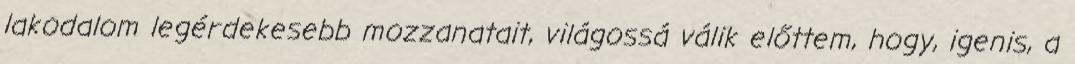
lakodalom legérdekesebb mozzanatait, világossá válik előttem, hogy, igenis, a